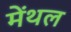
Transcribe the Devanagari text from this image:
मेंथल